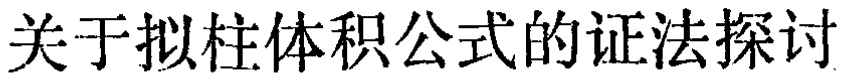
关于拟柱体积公式的证法探讨